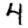
Digit: 4